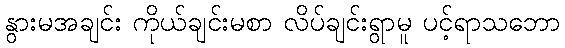
နွားမအချင်း ကိုယ်ချင်းမစာ လိပ်ချင်းရွာမူ ပင့်ရာသဘော